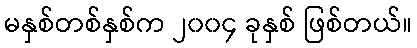
မနှစ်တစ်နှစ်က ၂၀၀၄ ခုနှစ် ဖြစ်တယ်။